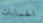
الحسابات